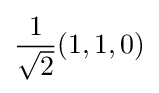
{\frac {1}{\sqrt {2}}}(1,1,0)